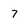
Character: 7